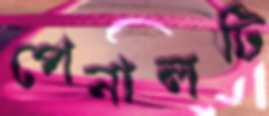
পেনালটি